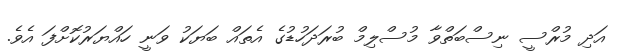
އަދި މުރްސީ ނިސްބަތްވާ މުސްލިމް ބުރަދަހުޑުގެ އެތައް ބަޔަކު ވަނީ ހައްޔަރުކޮށްފަ އެވެ.